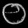
Digit: ၀